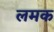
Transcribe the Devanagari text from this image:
लमक